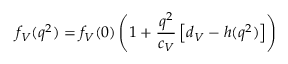
f _ { V } ( q ^ { 2 } ) = f _ { V } ( 0 ) \left( 1 + \frac { q ^ { 2 } } { c _ { V } } \left[ d _ { V } - h ( q ^ { 2 } ) \right] \right)